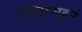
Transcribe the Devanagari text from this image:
उवसग्गहरं